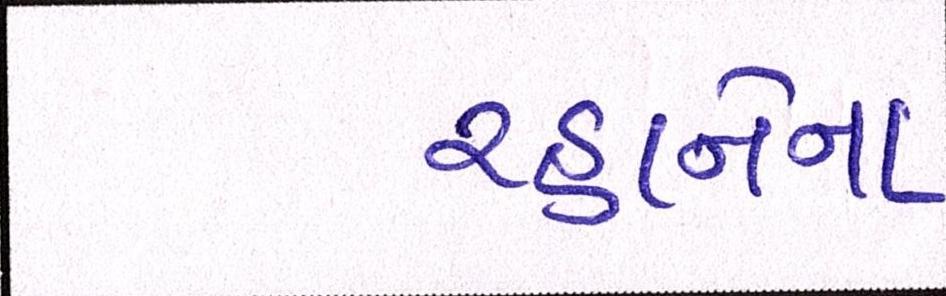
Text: રહાનેના